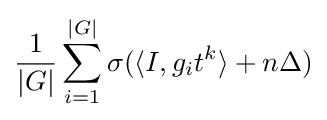
{\frac {1}{|G|}}\sum _{i=1}^{|G|}\sigma (\langle I,g_{i}t^{k}\rangle +n\Delta )